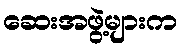
ဆေးအဖွဲ့များက